Report of the Lahore Medical School Hospital
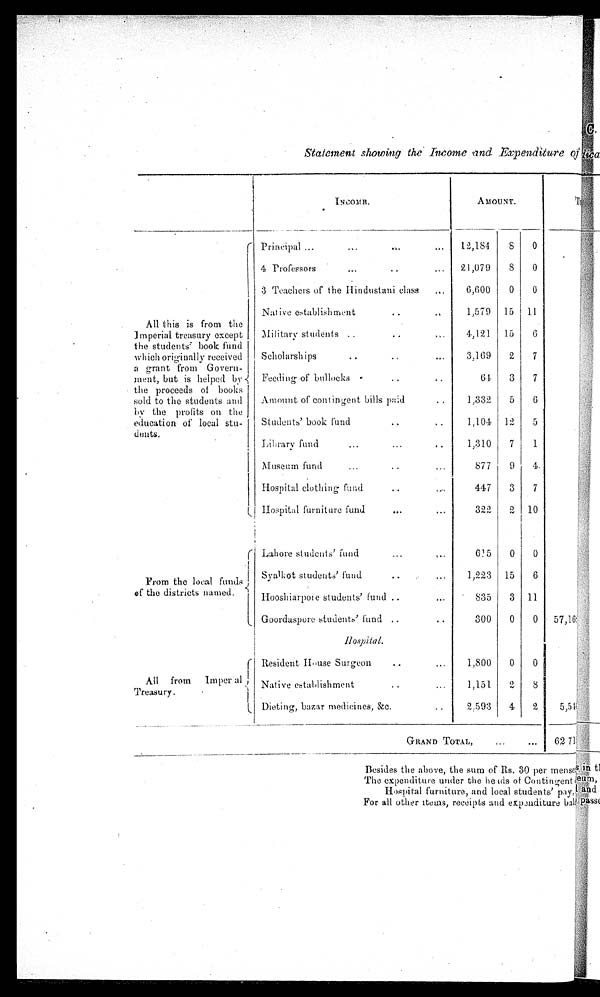
C <illegible>
Statement showing the Income and Expenditure of lica <illegible>
I N C O M E .
AMOUNT.
T < i l l e g i b l e >
P r i n c i p a l . . .
12,184
8
0
4 Professors . . .
21,079
8
0
3 Teachers of the Hindustani class . . .
6,600
0
0
Native establishment . . .
1,579
15
11
All this is from the
Imperial treasury except
the students' book fund
which originally received
a grant from Govern-
ment, but is helped by
the proceeds of books
sold to the students and
by the profits on the
education of local stu-
dents.
Military students . . .
4,121
15
6
Scholarships . . .
3,169
2
7
Feeding of bullocks . . .
64
3
7
Amount of contingent bills paid . . .
1,332
5
6
Students' book fund . . .
1,104
12
5
Library fund . . .
1,310
7
1
Museum fund . . .
877
9
4
Hospital clothing fund . . .
447
3
7
Hospital furniture fund . . .
322
2
10
Lahore students' fund . . .
615
0
0
From the local funds
of the districts named.
Syalkot students' fund . . .
1,223
1 5
6
Hooshiarpore students' fund . . .
835
3
11
Goordaspore students' fund . . .
300
0
0
57,16<illegible>
H o s p i t a l s
.
Resident House Surgeon . . .
1,800
0
0
All from
Imperal
Treasury.
Native establishment . . .
1,151
2
8
Dieting, bazar medicines, &c. . . .
2,593
4
2
5,54<illegible>
GRAND TOTAL . . .
62 7<illegible>
Besides the above, the sum of Rs. 30 per menses in<illegible>
The expenditure under the heads of Contingent <illegible>
Hospital furniture, and local students' pay, and<illegible>
For all other items, receipts and expuditure <illegible>